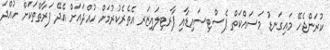
ކުރަންޖެހޭ މައިގަނޑު މަސައްކަތް ޕެސްޓިސައިޑާއި ޕާރޓިލައިޒަރ އެތެރެކުރުމަށް ހުއްދައަށް އެދޭ ފަރާތްތަކަށް ހުއްދަ